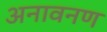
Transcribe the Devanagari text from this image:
अनावनण